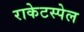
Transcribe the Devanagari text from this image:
राकेटस्पेल